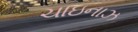
ચાઇનાઝ